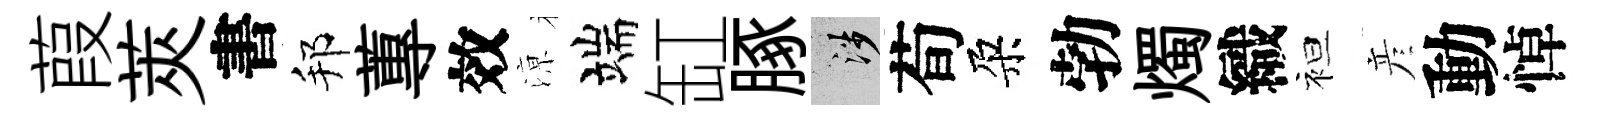
葭莢書邦蓴效鿌端缸䐁涉荀朶勃燭織袒彦動悼